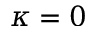
\kappa = 0